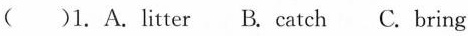
()1. A.Litter B. Catch C. Bring